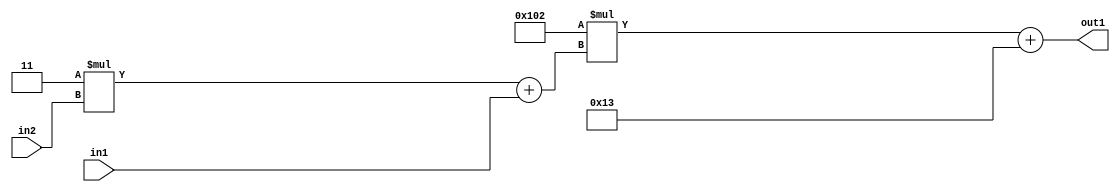
`timescale 1ps / 1ps
/*****************************************************************************
    Verilog RTL Description
    
    
    Created by: Stratus DpOpt 2019.1.01 
*******************************************************************************/

module DC_Filter_Add2i19Mul2i258Add2u1Mul2i3u2_4 (
	in2,
	in1,
	out1
	); /* architecture "behavioural" */ 
input [1:0] in2;
input  in1;
output [11:0] out1;
wire [11:0] asc001;
wire [3:0] asc002;

wire [3:0] asc002_tmp_0;
assign asc002_tmp_0 = 
	+(4'B0011 * in2);
assign asc002 = asc002_tmp_0
	+(in1);

wire [11:0] asc001_tmp_1;
assign asc001_tmp_1 = 
	+(12'B000100000010 * asc002);
assign asc001 = asc001_tmp_1
	+(12'B000000010011);

assign out1 = asc001;
endmodule

/* CADENCE  v7bxTw0= : u9/ySgnWtBlWxVPRXgAZ4Og= ** DO NOT EDIT THIS LINE ******/